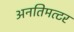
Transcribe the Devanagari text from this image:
अनतिमत्टर